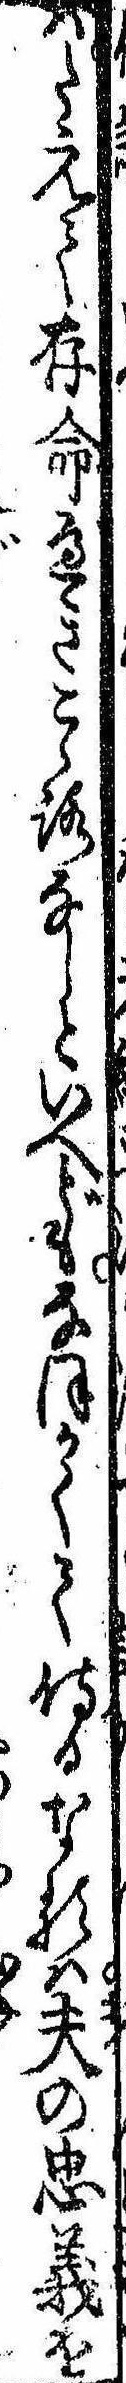
ばたえて存命べきこゝろなしといへどもなほかくて侍るなるは夫の忠義を